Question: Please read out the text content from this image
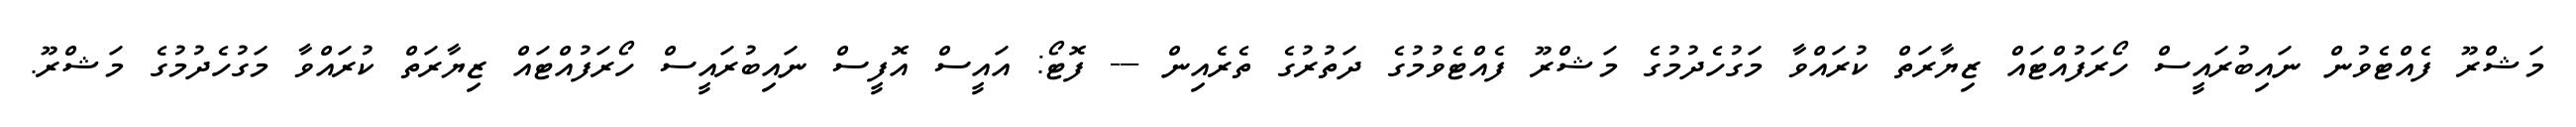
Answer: މަޝްރޫ ފެއްޓެވުން ނައިބުރައީސް ހޯރަފުއްޓައް ޒިޔާރަތް ކުރައްވާ މަގުހެދުމުގެ މަޝްރޫ ފެއްޓެވުމުގެ ދަތުރުގެ ތެރެއިން --- ފޮޓޯ: އައީސް އޮފީސް ނައިބުރައީސް ހޯރަފުއްޓައް ޒިޔާރަތް ކުރައްވާ މަގުހެދުމުގެ މަޝްރޫ.